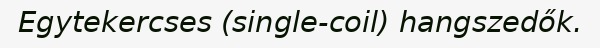
Egytekercses (single-coil) hangszedők.